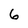
Character: 6